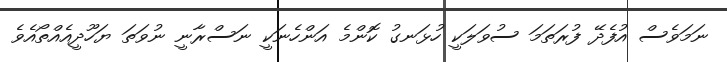
ނަމަވެސް އުފެދޭ ފުރަތަމަ ސުވަލަކީ ހުޅަނގު ކޮންމެ އަންހެނަކީ ނަސްރާނީ ނުވަތަ ޔަހޫދީއެއްތޯއެވެ